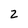
Character: 2